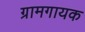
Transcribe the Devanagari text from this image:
ग्रामगायक